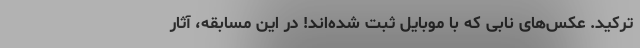
ترکید. عکس‌های نابی که با موبایل ثبت شده‌اند! در این مسابقه، آثار